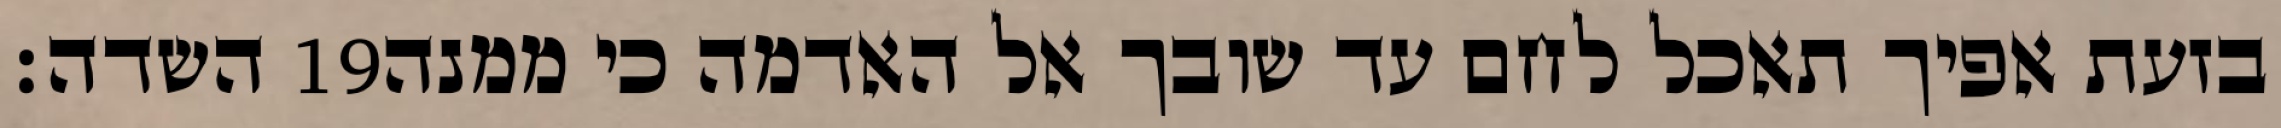
השדה׃ ‎19‏ בזעת אפיך תאכל לחם עד שובך אל האדמה כי ממנה